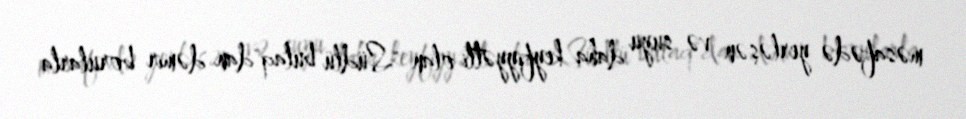
məsafədə yerləşən və suyu daha keyfiyyətli olan "Südlü bulaq"dan dəmir borularla